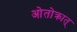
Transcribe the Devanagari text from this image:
ओतोक्रात्